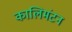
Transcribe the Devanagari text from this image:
कालिमंटन